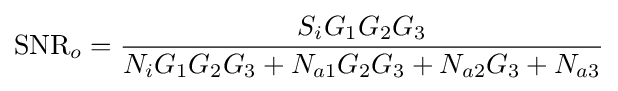
{\text{SNR}}_{o}={\frac {S_{i}G_{1}G_{2}G_{3}}{N_{i}G_{1}G_{2}G_{3}+N_{a1}G_{2}G_{3}+N_{a2}G_{3}+N_{a3}}}